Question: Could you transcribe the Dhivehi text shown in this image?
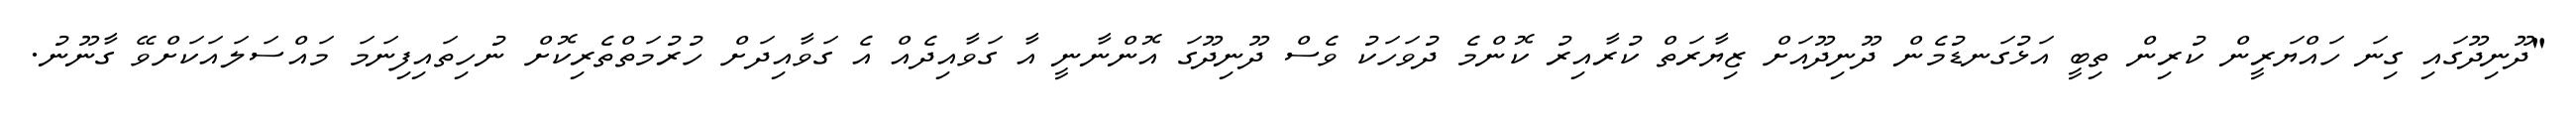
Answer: "ދޫނިދޫގައި ގިނަ ހައްޔަރީން ކުރިން ތިބީ އަޅުގަނޑުމެން ދޫނިދޫއަށް ޒިޔާރަތް ކުރާއިރު ކޮންމެ ދުވަހަކު ވެސް ދޫނިދޫގަ އޮންނާނީ އާ ގަވާއިދެއް އެ ގަވާއިދަށް ހުރުމަތްތެރިކޮށް ނުހިތައިފިނަމަ މައްސަލައަކަށްވޭ ގާނޫނު.